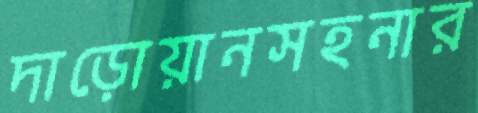
দাড়োয়ানসহনার